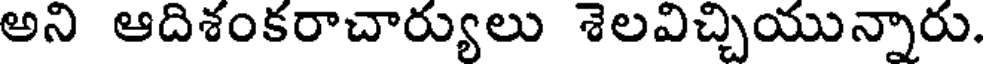
అని ఆదిశంకరాచార్యులు శెలవిచ్చియున్నారు.